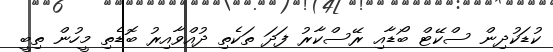
ކުޑަކުދިން ސްކޭޓް ބޯޑާއި ރޭސްކާރު ފަދަ ތަކެތި ދުއްވާއިރު ބޮޑެތި މީހުން ތިބީ